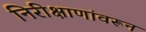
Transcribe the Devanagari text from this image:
निरीक्षाणांवरून